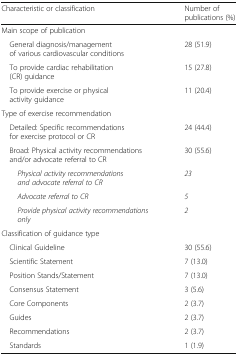
<table><thead><tr><td><b>Characteristic or classification</b></td><td><b>Number of publications (%)</b></td></tr></thead><tbody><tr><td colspan="2">Main scope of publication</td></tr><tr><td> General diagnosis/management of various cardiovascular conditions</td><td>28 (51.9)</td></tr><tr><td> To provide cardiac rehabilitation (CR) guidance</td><td>15 (27.8)</td></tr><tr><td> To provide exercise or physical activity guidance</td><td>11 (20.4)</td></tr><tr><td colspan="2">Type of exercise recommendation</td></tr><tr><td> Detailed: Specific recommendations for exercise protocol or CR</td><td>24 (44.4)</td></tr><tr><td> Broad: Physical activity recommendations and/or advocate referral to CR</td><td>30 (55.6)</td></tr><tr><td><i>Physical activity recommendations and advocate referral to CR</i></td><td><i>23</i></td></tr><tr><td><i>Advocate referral to CR</i></td><td><i>5</i></td></tr><tr><td><i>Provide physical activity recommendations only</i></td><td><i>2</i></td></tr><tr><td colspan="2">Classification of guidance type</td></tr><tr><td> Clinical Guideline</td><td>30 (55.6)</td></tr><tr><td> Scientific Statement</td><td>7 (13.0)</td></tr><tr><td> Position Stands/Statement</td><td>7 (13.0)</td></tr><tr><td> Consensus Statement</td><td>3 (5.6)</td></tr><tr><td> Core Components</td><td>2 (3.7)</td></tr><tr><td> Guides</td><td>2 (3.7)</td></tr><tr><td> Recommendations</td><td>2 (3.7)</td></tr><tr><td> Standards</td><td>1 (1.9)</td></tr></tbody></table>